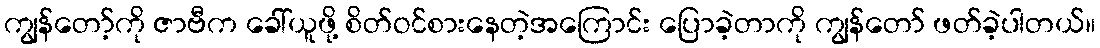
ကျွန်တော့်ကို ဇာဗီက ခေါ်ယူဖို့ စိတ်ဝင်စားနေတဲ့အကြောင်း ပြောခဲ့တာကို ကျွန်တော် ဖတ်ခဲ့ပါတယ်။